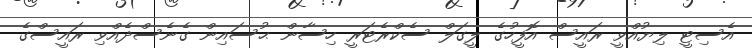
އެސިޓީ ލިޔުއްވީ ރައީސް އޮފީހުގެ ލީގަލް ސެކްރެޓަރީ ހިސާން ޙުސައިން ގެނެސްދެއްވި ރައީސްގެ